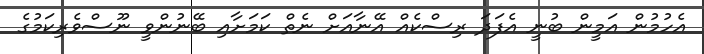
އެހުމުން އަމީން ބުނީ އެފަދަ ރިސްކެއް އޭނާއަށް ނެތް ކަމަށާއި ބޭނުންވީ ނޫސްވެރިކަމުގެ